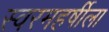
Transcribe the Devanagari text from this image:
स्वरमहर्षीला